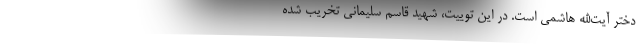
دختر آیت‌الله هاشمی است. در این توییت، شهید قاسم سلیمانی تخریب شده